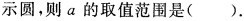
示圆，则a的取值范围是( ).